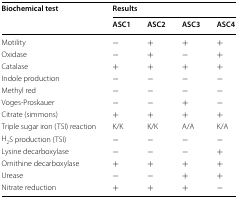
| <ROWSPAN=2> Biochemical test | <COLSPAN=4> Results |
 | ASC1 | ASC2 | ASC3 | ASC4 |
 | --- | --- | --- | --- | --- |
 | Motility | − | + | + | + |
 | Oxidase | − | + | − | + |
 | Catalase | + | + | + | + |
 | Indole production | − | − | − | − |
 | Methyl red | − | − | − | − |
 | Voges-Proskauer | − | − | + | − |
 | Citrate (simmons) | + | + | + | + |
 | Triple sugar iron (TSI) reaction | K/K | K/K | A/A | K/A |
 | H2S production (TSI) | − | − | − | − |
 | Lysine decarboxylase | − | − | − | + |
 | Ornithine decarboxylase | + | + | + | + |
 | Urease | − | − | + | + |
 | Nitrate reduction | + | + | + | − |